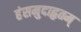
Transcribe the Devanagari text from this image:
हंसमुदाहृतम्